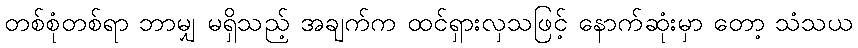
တစ်စုံတစ်ရာ ဘာမျှ မရှိသည့် အချက်က ထင်ရှားလှသဖြင့် နောက်ဆုံးမှာ တော့ သံသယ